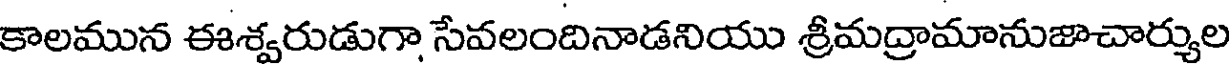
కాలమున ఈశ్వరుడుగా సేవలందినాడనియు శ్రీమద్రామానుజాచార్యుల